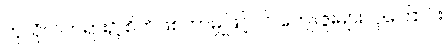
ကုသိုလ်တရား၌ စိတ်ဖြစ်ကာမျှဖြင့်ပင် ကျေးဇူးများလှကြောင်း